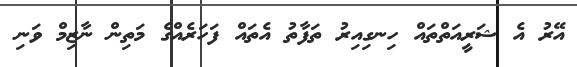
އޭރު އެ ޝަރީއަތްތައް ހިނގިއިރު ތަފާތު އެތައް ފަހަރެއްްގެ މަތިން ނާޒިމް ވަނި